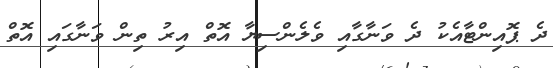
ދެ ޕޮއިންޓާއެކު ދެ ވަނާގާއި ވެލެންސިޔާ އޮތް އިރު ތިން ވަނާގައި އޮތް